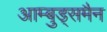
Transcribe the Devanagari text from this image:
आम्बुड्समैन